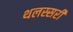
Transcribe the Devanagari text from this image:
थलस्सरी